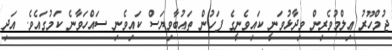
ޖުމްހޫރު ޢިލްމުވެރިން ވިދާޅުވަނީ ކައިވެނީގެ ފަހުން ތައުބާވިޔަސް ކައިވެނި ސައްހަވާނެ ކަމުގައެވެ. އަދި